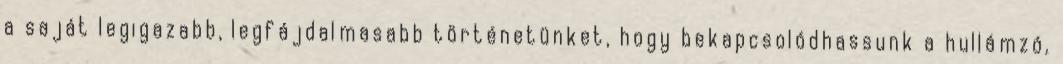
a saját legigazabb, legfájdalmasabb történetünket, hogy bekapcsolódhassunk a hullámzó,